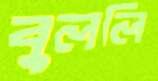
বুললি